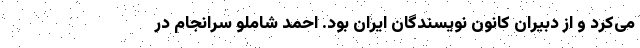
می‌کرد و از دبیران کانون نویسندگان ایران بود. احمد شاملو سرانجام در